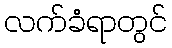
လက်ခံရာတွင်